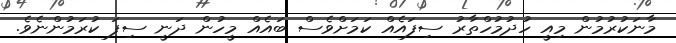
މާނަކުރުމުން މިއީ ހުދުމުހްތާރު ސިފައެއް ކަމަށްވެސް ބައެއްް މީހުން ދަނީ ސިފަ ކުރަމުންނެވެ.